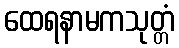
ထေရနာမကသုတ္တံ